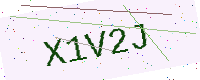
Text: X1V2J